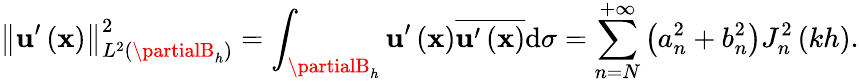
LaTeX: \left\Vert\mathbf{u}^{\prime}\left(\mathbf{{x}}\right)\right\Vert_{L^{2}\left(\partialB_{h}\right)}^{2}=\int_{\partialB_{h}}\mathbf{u}^{\prime}\left(\mathbf{{x}}\right)\overline{{{\mathbf{u}^{\prime}\left(\mathbf{{x}}\right)}}}\mathrm{{d}}\sigma=\sum_{n=N}^{+\infty}\left(a_{n}^{2}+b_{n}^{2}\right)J_{n}^{2}\left(kh\right).